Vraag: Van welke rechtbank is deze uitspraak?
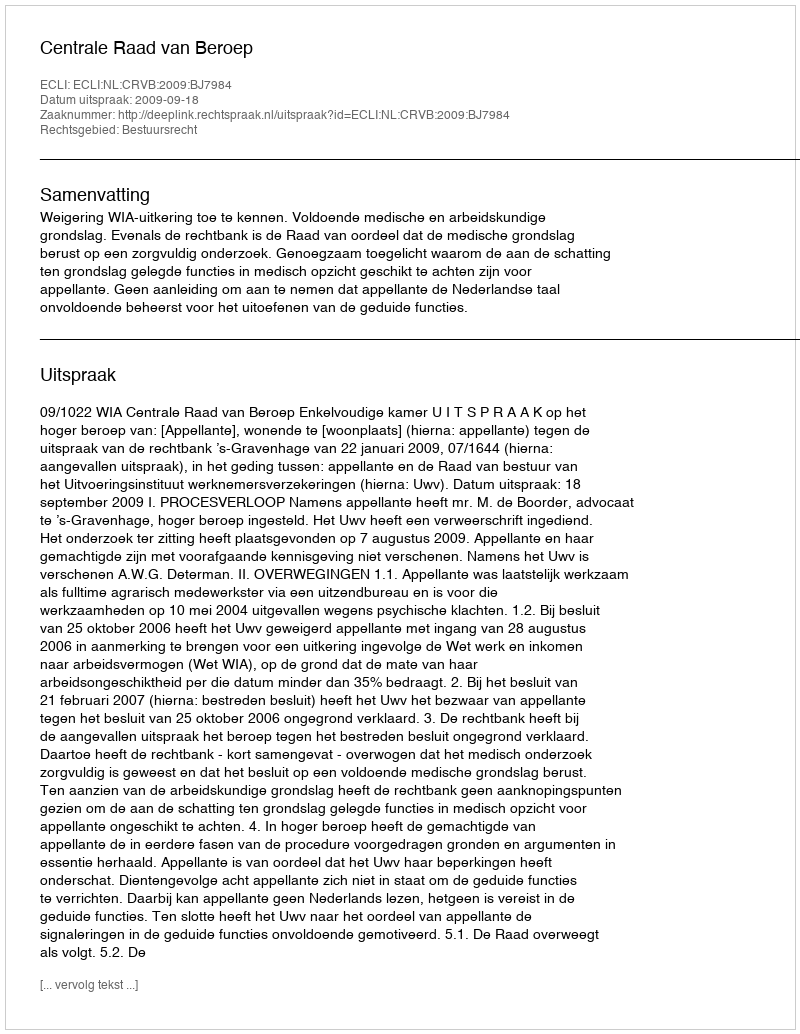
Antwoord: Centrale Raad van Beroep